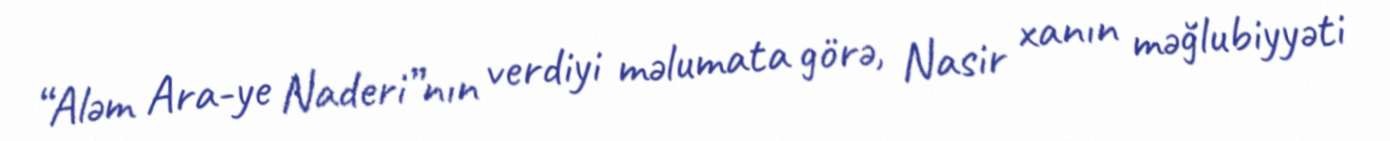
“Aləm Ara-ye Naderi”nın verdiyi məlumata görə, Nasir xanın məğlubiyyəti